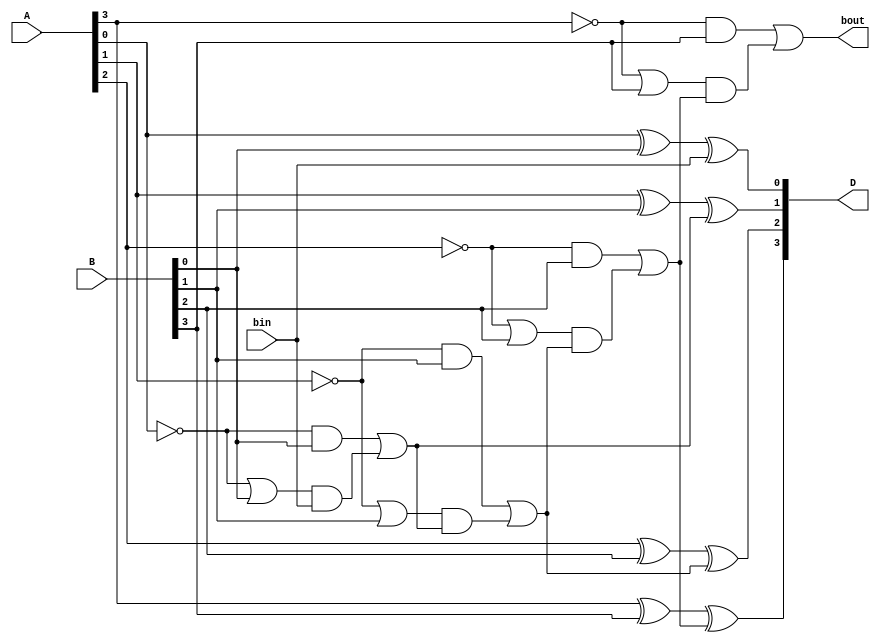
module Lab2_4_bit_BLS_dataflow (input [3:0] A, B, input bin, output [3:0] D, output bout);
    wire [0:3] p, g;
    assign  g[0] = !A[0] && B[0],
            g[1] = !A[1] && B[1],
            g[2] = !A[2] && B[2],
            g[3] = !A[3] && B[3];
    assign  p[0] = !A[0] || B[0],
            p[1] = !A[1] || B[1],
            p[2] = !A[2] || B[2],
            p[3] = !A[3] || B[3];
    
    wire b0, b1, b2;
    assign  D[0] = A[0] ^ B[0] ^ bin,
            D[1] = A[1] ^ B[1] ^ b0,
            D[2] = A[2] ^ B[2] ^ b1,
            D[3] = A[3] ^ B[3] ^ b2;

    assign  b0 = g[0] || (p[0] && bin),
            b1 = g[1] || (p[1] && b0),
            b2 = g[2] || (p[2] && b1),
            bout = g[3] || (p[3] && b2);
endmodule